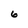
Character: 6